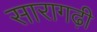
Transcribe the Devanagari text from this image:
सारागढ़ी